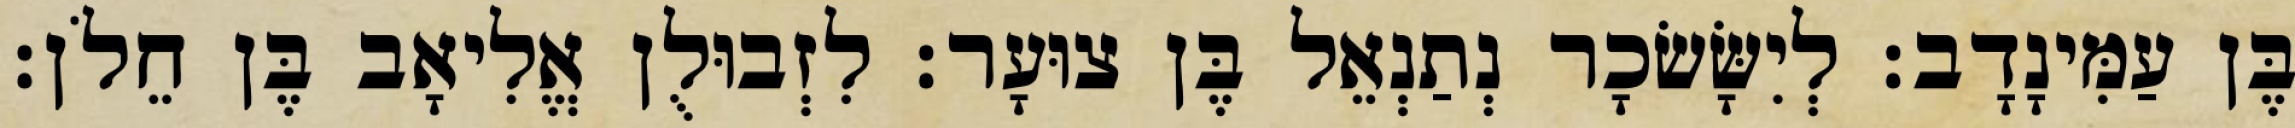
בֶּן עַמִּינָדָב׃ לְיִשָּׂשׂכָר נְתַנְאֵל בֶּן צוּעָר׃ לִזְבוּלֻן אֱלִיאָב בֶּן חֵלֹן׃